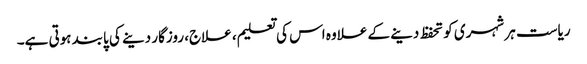
ریاست ہر شہری کو تحفظ دینے کے علاوہ اس کی تعلیم، علاج، روزگار دینے کی پابند ہوتی ہے۔